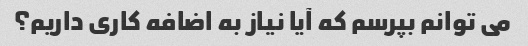
می توانم بپرسم که آیا نیاز به اضافه کاری داریم؟